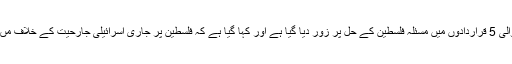
جنیوا میں پیش کی جانے والی 5 قراردادوں میں مسئلہ فلسطین کے حل پر زور دیا گیا ہے اور کہا گیا ہے کہ فلسطین پر جاری اسرائیلی جارحیت کے خلاف مںصفانہ فیصلہ کیا جائے گا۔